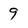
Character: 9